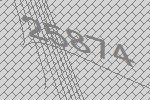
25874